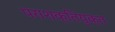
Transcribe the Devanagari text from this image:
पराशक्तियुक्त